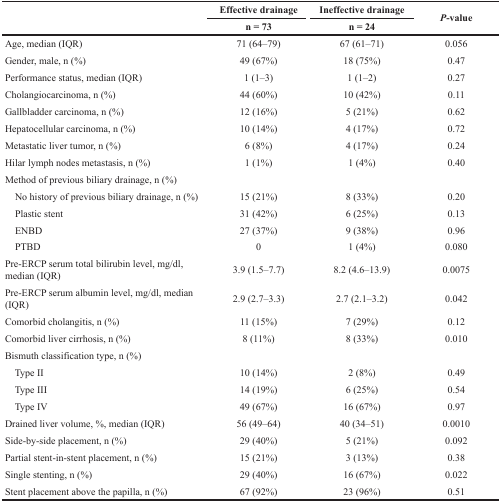
| <ROWSPAN=2>  | Effective drainage | Ineffective drainage | <ROWSPAN=2> P-value |
 | n = 73 | n = 24 |
 | --- | --- | --- | --- |
 | Age, median (IQR) | 71 (64–79) | 67 (61–71) | 0.056 |
 | Gender, male, n (%) | 49 (67%) | 18 (75%) | 0.47 |
 | Performance status, median (IQR) | 1 (1–3) | 1 (1–2) | 0.27 |
 | Cholangiocarcinoma, n (%) | 44 (60%) | 10 (42%) | 0.11 |
 | Gallbladder carcinoma, n (%) | 12 (16%) | 5 (21%) | 0.62 |
 | Hepatocellular carcinoma, n (%) | 10 (14%) | 4 (17%) | 0.72 |
 | Metastatic liver tumor, n (%) | 6 (8%) | 4 (17%) | 0.24 |
 | Hilar lymph nodes metastasis, n (%) | 1 (1%) | 1 (4%) | 0.40 |
 | Method of previous biliary drainage, n (%) |  |  |  |
 | No history of previous biliary drainage, n (%) | 15 (21%) | 8 (33%) | 0.20 |
 | Plastic stent | 31 (42%) | 6 (25%) | 0.13 |
 | ENBD | 27 (37%) | 9 (38%) | 0.96 |
 | PTBD | 0 | 1 (4%) | 0.080 |
 | Pre-ERCP serum total bilirubin level, mg/dl, median (IQR) | 3.9 (1.5–7.7) | 8.2 (4.6–13.9) | 0.0075 |
 | Pre-ERCP serum albumin level, mg/dl, median (IQR) | 2.9 (2.7–3.3) | 2.7 (2.1–3.2) | 0.042 |
 | Comorbid cholangitis, n (%) | 11 (15%) | 7 (29%) | 0.12 |
 | Comorbid liver cirrhosis, n (%) | 8 (11%) | 8 (33%) | 0.010 |
 | Bismuth classification type, n (%) |  |  |  |
 | Type II | 10 (14%) | 2 (8%) | 0.49 |
 | Type III | 14 (19%) | 6 (25%) | 0.54 |
 | Type IV | 49 (67%) | 16 (67%) | 0.97 |
 | Drained liver volume, %, median (IQR) | 56 (49–64) | 40 (34–51) | 0.0010 |
 | Side-by-side placement, n (%) | 29 (40%) | 5 (21%) | 0.092 |
 | Partial stent-in-stent placement, n (%) | 15 (21%) | 3 (13%) | 0.38 |
 | Single stenting, n (%) | 29 (40%) | 16 (67%) | 0.022 |
 | Stent placement above the papilla, n (%) | 67 (92%) | 23 (96%) | 0.51 |